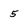
Character: 5